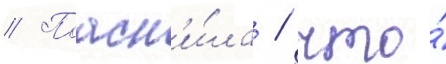
// Поасн'и́ла / что́